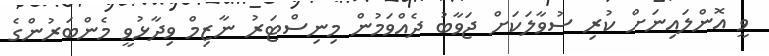
ވީ އޮންލައިނަށް ކުރި ސުވާލަކަށް ޖަވާބު ދެއްވަމުން މިނިސްޓަރު ނާޒިމް ވިދާޅުވީ މެންބަރުންގެ